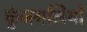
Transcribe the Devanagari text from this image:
कुंजगलियों